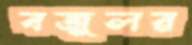
বজুলর